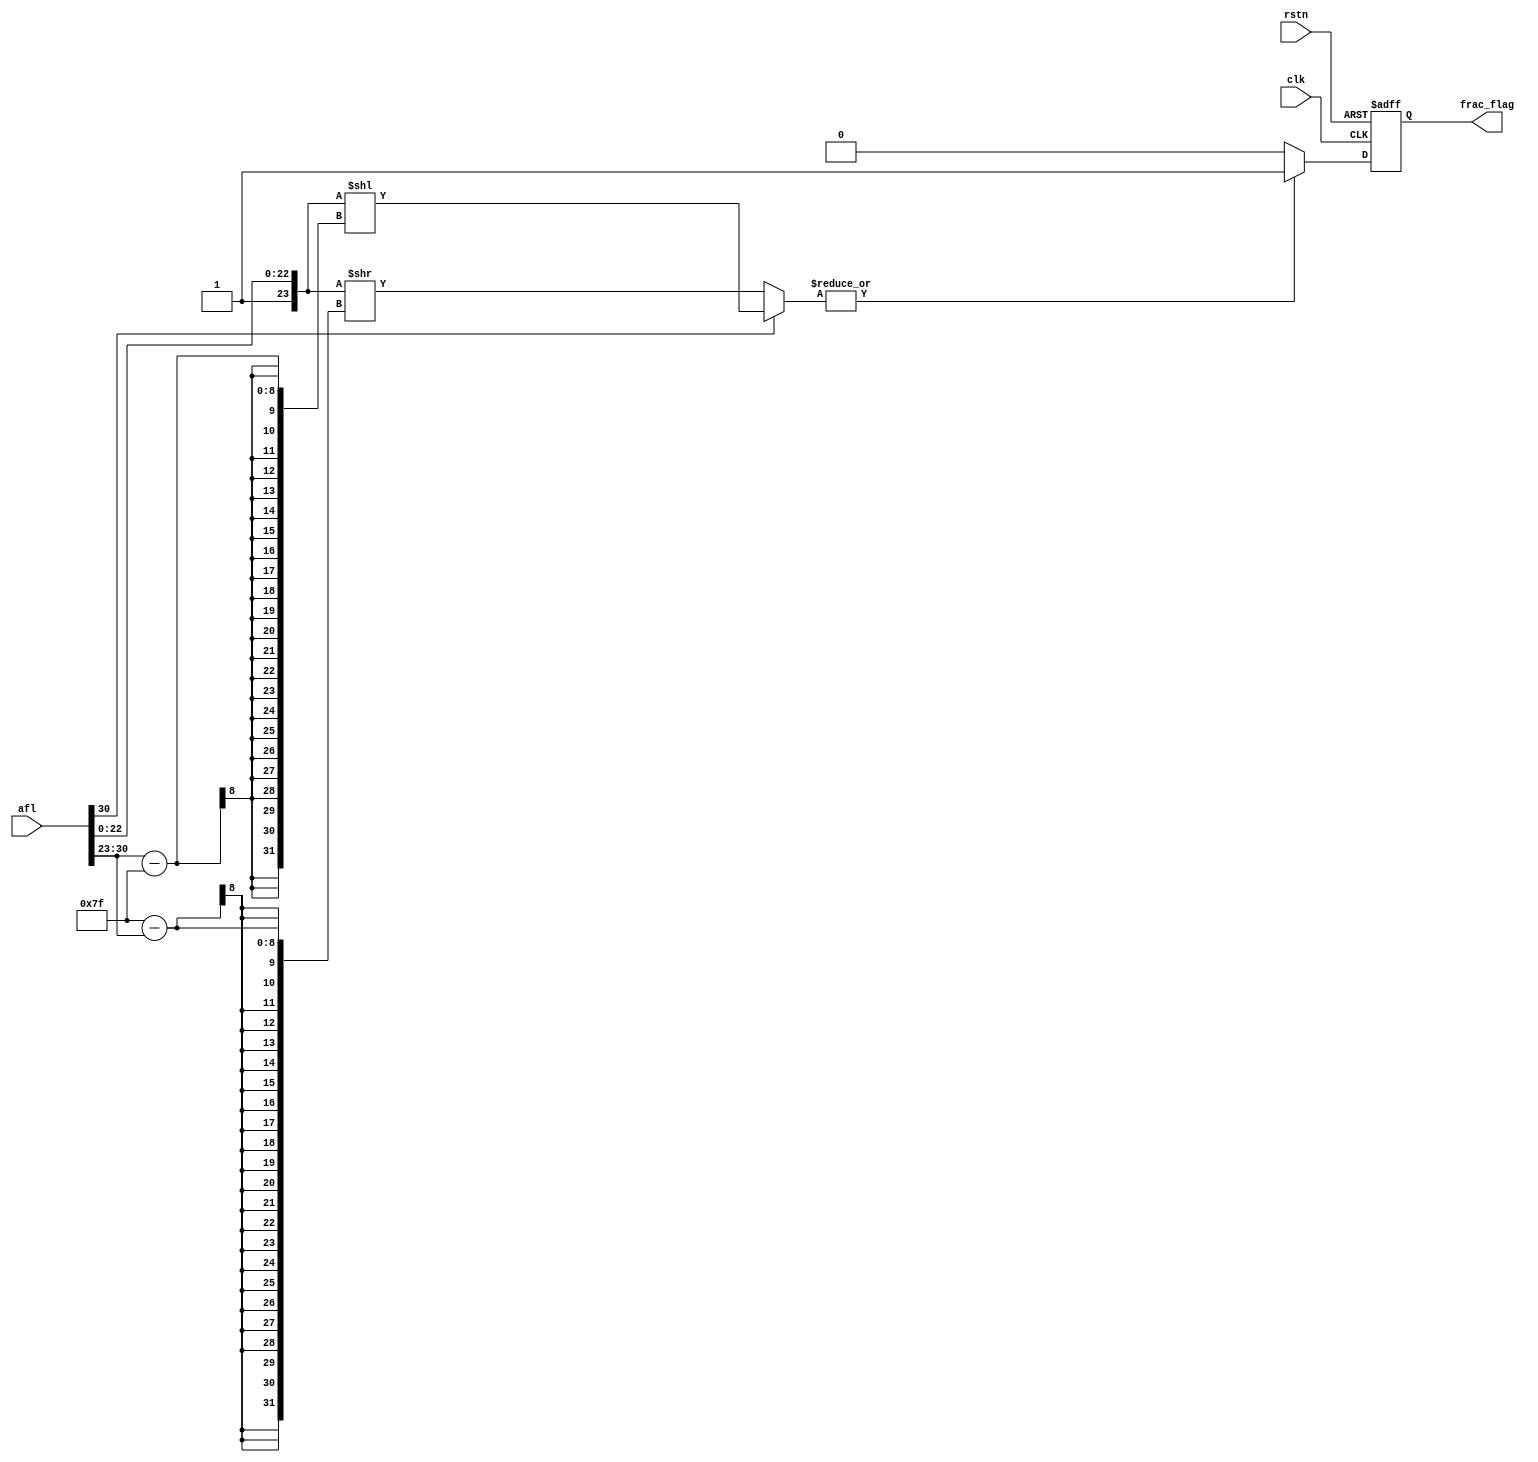
module flt_frac_test
	(
	input	      	clk,
	input	      	rstn,
	input	[31:0]	afl,
	output reg	frac_flag
	);

	reg [47:0]	mant;
	always @* begin
		if(afl[30]) mant = {1'b1, afl[22:0]} << (afl[30:23] - 127);
		else        mant = {1'b1, afl[22:0]} >> (127 - afl[30:23]);
	end

	always @(posedge clk, negedge rstn) begin
		if(!rstn) frac_flag <= 1'b0;
		else begin
			if(|mant[23:0]) frac_flag <= 1'b1;
			else frac_flag <= 1'b0;
			
			/*
			casex(afl[30:23])
			8'b0111_1011: frac_flag <= 1'b1;	// .0001
			8'b0111_1100: frac_flag <= 1'b1;	// .001x
			8'b0111_1101: frac_flag <= 1'b1;	// .01xx
			8'b0111_1110: frac_flag <= 1'b1;	// .1xxx
			8'b0111_1111: frac_flag <= |afl[22:19];	// 1.xxxx
			8'b1000_0000: frac_flag <= |afl[21:18];	// 1x.xxxx
			8'b1000_0001: frac_flag <= |afl[20:17];	// 1xx.xxxx
			8'b1000_0010: frac_flag <= |afl[19:16]; // 1xxx.xxxx
			8'b1000_0011: frac_flag <= |afl[18:15];
			8'b1000_0100: frac_flag <= |afl[17:14];
			8'b1000_0101: frac_flag <= |afl[16:13];
			8'b1000_0110: frac_flag <= |afl[15:12];
			8'b1000_0111: frac_flag <= |afl[14:11];
			8'b1000_1000: frac_flag <= |afl[13:10];
			8'b1000_1001: frac_flag <= |afl[12:9];
			8'b1000_1010: frac_flag <= |afl[11:8];
			8'b1000_1011: frac_flag <= |afl[10:7];
			8'b1000_1100: frac_flag <= |afl[9:6];
			8'b1000_1101: frac_flag <= |afl[8:5];
			8'b1000_1110: frac_flag <= |afl[7:4];
			8'b1000_1111: frac_flag <= |afl[6:3];
			8'b1001_0000: frac_flag <= |afl[5:2];
			8'b1001_0001: frac_flag <= |afl[4:1];
			8'b1001_0010: frac_flag <= |afl[3:0];
			8'b1001_0011: frac_flag <= |afl[2:0];
			8'b1001_0100: frac_flag <= |afl[1:0];
			8'b1001_0101: frac_flag <= afl[0];
			8'b1001_011x: frac_flag <= 1'b0;
			8'b101x_xxxx: frac_flag <= 1'b0;
			8'b11xx_xxxx: frac_flag <= 1'b0;
			default:      frac_flag <= 1'b0;
			endcase
			*/
		end
	end

endmodule